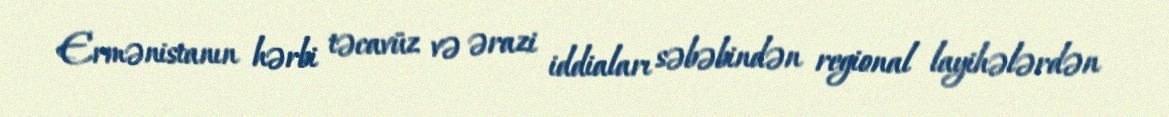
Ermənistanın hərbi təcavüz və ərazi iddiaları səbəbindən regional layihələrdən